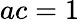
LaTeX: ac=1